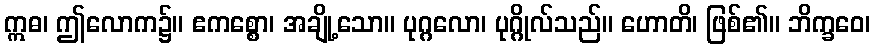
ဣဓ၊ ဤလောက၌။ ဧကစ္စော၊ အချို့သော။ ပုဂ္ဂလော၊ ပုဂ္ဂိုလ်သည်။ ဟောတိ၊ ဖြစ်၏။ ဘိက္ခဝေ၊